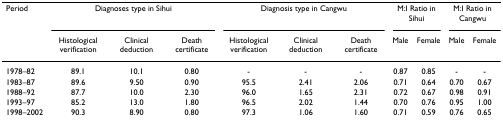
<table><thead><tr><td><b>Period</b></td><td colspan="3"><b>Diagnoses type in Sihui</b></td><td colspan="3"><b>Diagnosis type in Cangwu</b></td><td colspan="2"><b>M:I Ratio in Sihui</b></td><td colspan="2"><b>M:I Ratio in Cangwu</b></td></tr><tr><td></td><td><b>Histological verification</b></td><td><b>Clinical deduction</b></td><td><b>Death certificate</b></td><td><b>Histological verification</b></td><td><b>Clinical deduction</b></td><td><b>Death certificate</b></td><td><b>Male</b></td><td><b>Female</b></td><td><b>Male</b></td><td><b>Female</b></td></tr></thead><tbody><tr><td>1978–82</td><td>89.1</td><td>10.1</td><td>0.80</td><td>-</td><td>-</td><td>-</td><td>0.87</td><td>0.85</td><td>-</td><td>-</td></tr><tr><td>1983–87</td><td>89.6</td><td>9.50</td><td>0.90</td><td>95.5</td><td>2.41</td><td>2.06</td><td>0.71</td><td>0.64</td><td>0.70</td><td>0.67</td></tr><tr><td>1988–92</td><td>87.7</td><td>10.0</td><td>2.30</td><td>96.0</td><td>1.65</td><td>2.31</td><td>0.72</td><td>0.67</td><td>0.98</td><td>0.91</td></tr><tr><td>1993–97</td><td>85.2</td><td>13.0</td><td>1.80</td><td>96.5</td><td>2.02</td><td>1.44</td><td>0.70</td><td>0.76</td><td>0.95</td><td>1.00</td></tr><tr><td>1998–2002</td><td>90.3</td><td>8.90</td><td>0.80</td><td>97.3</td><td>1.06</td><td>1.60</td><td>0.71</td><td>0.59</td><td>0.76</td><td>0.65</td></tr></tbody></table>